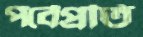
পর্বেপ্রতি